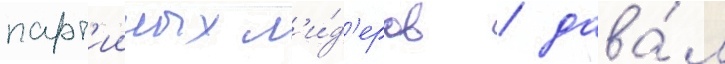
парт'ииных л'и́д'еров / дава́л